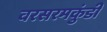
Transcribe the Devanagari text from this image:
वरसरमकुंडी